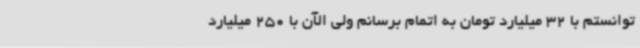
‌توانستم با 32 میلیارد تومان به اتمام برسانم ولی الآن با 250 میلیارد